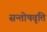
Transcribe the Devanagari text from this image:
सन्तोषवृत्ति